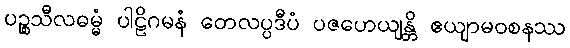
ပဉ္စသီလဓမ္မံ ပါဠိဂမနံ တေလပ္ပဒီပံ ပဇဟေယျန္တိ ဧယျာမဝစနဿ